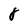
Character: 8